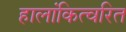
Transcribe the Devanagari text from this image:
हालांकित्वरित